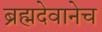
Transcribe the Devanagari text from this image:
ब्रह्मदेवानेच